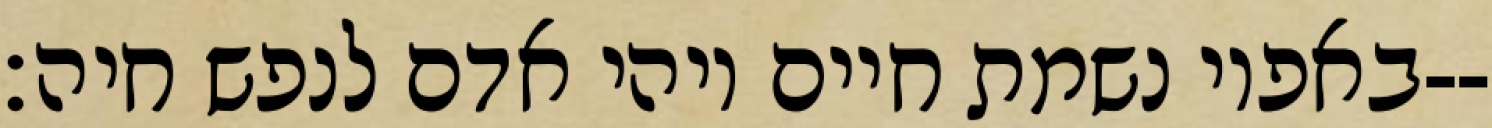
באפיו נשמת חיים ויהי אדם לנפש חיה׃--